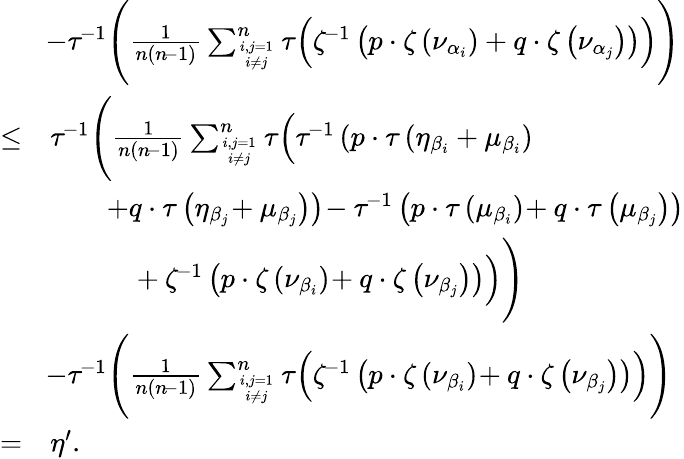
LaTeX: \begin{array}{rl}&{\! -\tau^{\! -1}\Bigg(\frac{1}{n(n\! -1)}\sum_{i,j=1\atop i\neq j}^{n}\tau\Big(\zeta^{\! -1}\left(p\cdot\zeta\left(\nu_{\alpha_{i}}\right)+q\cdot\zeta\left(\nu_{\alpha_{j}}\right)\right)\Big)\Bigg)}\\ {\leq}&{\tau^{\! -1}\Bigg(\frac{1}{n(n\! -1)}\sum_{i,j=1\atop i\neq j}^{n}\tau\Big(\tau^{\! -1}\left(p\cdot\tau\left(\eta_{\beta_{i}}+\mu_{\beta_{i}}\right)\right.\Big.\Bigg.}\\ &{\left.\quad\quad+q\cdot\tau\left(\eta_{\beta_{j}}\! +\mu_{\beta_{j}}\right)\right)\! -\tau^{\! -1}\left(p\cdot\tau\left(\mu_{\beta_{i}}\right)\! +q\cdot\tau\left(\mu_{\beta_{j}}\right)\right)}\\ &{\Bigg.\Big.\quad\quad\quad\! +\zeta^{\! -1}\left(p\cdot\zeta\left(\nu_{\beta_{i}}\right)\! +q\cdot\zeta\left(\nu_{\beta_{j}}\right)\right)\Big)\Bigg)}\\ &{\! -\tau^{\! -1}\Bigg(\frac{1}{n(n\! -1)}\sum_{i,j=1\atop i\neq j}^{n}\tau\Big(\zeta^{\! -1}\left(p\cdot\zeta\left(\nu_{\beta_{i}}\right)\! +q\cdot\zeta\left(\nu_{\beta_{j}}\right)\right)\Big)\Bigg)}\\ {=}&{\eta^{\prime}.}\end{array}